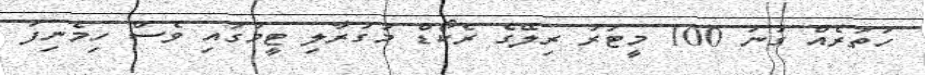
ހަތަރެއް ގުނަ 100 މީޓަރު ރިލޭގެ ރެކޯޑް މުގުރާލި ޓީމުގައި ވެސް ހިމެނިފަ